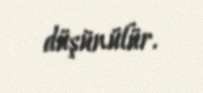
düşünülür.